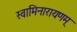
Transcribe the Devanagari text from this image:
स्वामिनारायणम्